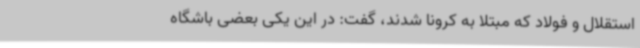
استقلال و فولاد که مبتلا به کرونا شدند، گفت: در این یکی بعضی باشگاه